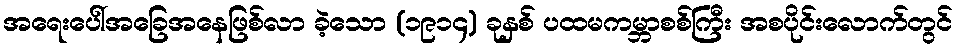
အရေးပေါ်အခြေအနေဖြစ်လာ ခဲ့သော (၁၉၁၄) ခုနှစ် ပထမကမ္ဘာစစ်ကြီး အစပိုင်းလောက်တွင်